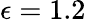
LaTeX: \epsilon=1.2